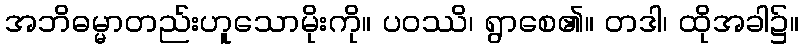
အဘိဓမ္မာတည်းဟူသောမိုးကို။ ပဝဿိ၊ ရွာစေ၏။ တဒါ၊ ထိုအခါ၌။